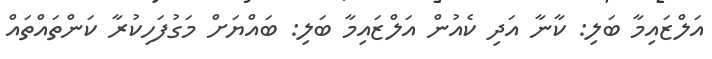
އަލްޒައިމާ ބަލި: ކާނާ އަދި ކެއުން އަލްޒައިމާ ބަލި: ބައްޔަށް މަގުފަހިކުރާ ކަންތައްތައް